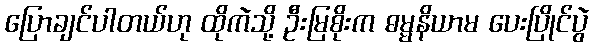
ပြောချင်ပါတယ်ဟု ထိုကဲသို့ ဦးမြစိုးက ဓမ္မနိယာမ ပေးပြိုင်ပွဲ